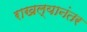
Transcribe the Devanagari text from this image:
राखल्यानंतर